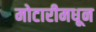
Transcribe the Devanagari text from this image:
मोटारीमधून